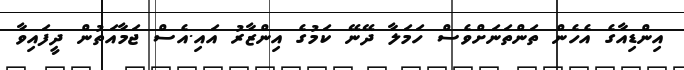
އިންޑިއާގެ އެހެން ތަންތަނަށްވެސް ހަމަލާ ދޭނޭ ކަމުގެ އިންޒާރު އައި.އެސް ޖަމާއަތުން ދީފައިވާ